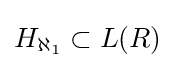
H_{\aleph _{1}}\subset L(R)